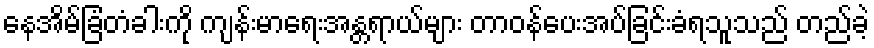
နေအိမ်ခြံတံခါးကို ကျန်းမာရေးအန္တရာယ်များ တာဝန်ပေးအပ်ခြင်းခံရသူသည် တည်ခဲ့